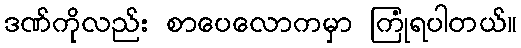
ဒဏ်ကိုလည်း စာပေလောကမှာ ကြုံရပါတယ်။